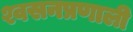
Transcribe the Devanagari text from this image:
श्वसनप्रणाली